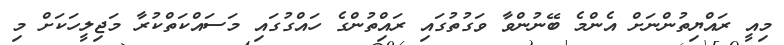
މިއީ ރައްޔިތުންނަށް އެންމެ ބޭނުންވާ ވަގުތުގައި ރައްިތުންގެ ހައްގުގައި މަސައްކަތްކުރާ މަޖިލީހަކަށް މި